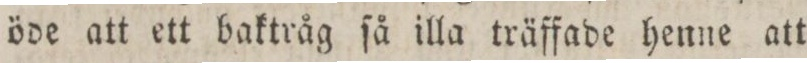
öde att ett baktråg ſå illa träffade henne att